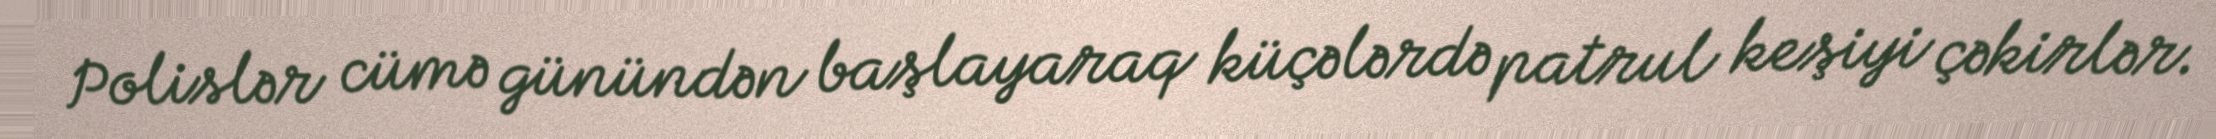
Polislər cümə günündən başlayaraq küçələrdə patrul keşiyi çəkirlər.